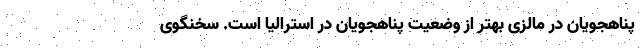
پناهجویان در مالزی بهتر از وضعیت پناهجویان در استرالیا است. سخنگوی